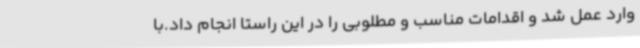
وارد عمل شد و اقدامات مناسب و مطلوبی را در این راستا انجام داد.با